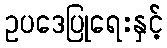
ဥပဒေပြုရေးနှင့်